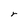
Character: r